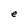
Character: e